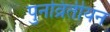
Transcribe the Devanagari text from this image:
पुनव्रितीयन